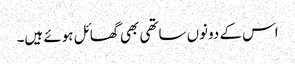
اس کے دونوں ساتھی بھی گھائل ہوئے ہیں۔